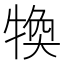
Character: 𤚙